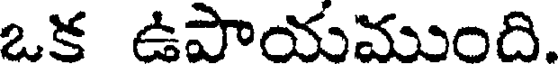
ఒక ఉపాయముంది.